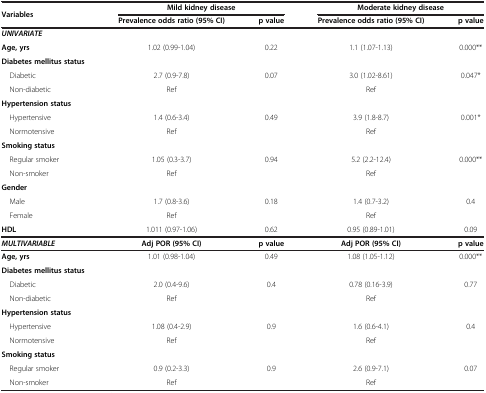
<table><thead><tr><td><b>Variables</b></td><td colspan="2"><b>Mild kidney disease</b></td><td colspan="2"><b>Moderate kidney disease</b></td></tr><tr><td><b> </b></td><td><b>Prevalence odds ratio (95% CI)</b></td><td><b>p value</b></td><td><b>Prevalence odds ratio (95% CI)</b></td><td><b>p value</b></td></tr></thead><tbody><tr><td><b><i>UNIVARIATE</i></b></td><td> </td><td> </td><td> </td><td> </td></tr><tr><td><b>Age, yrs</b></td><td>1.02 (0.99-1.04)</td><td>0.22</td><td>1.1 (1.07-1.13)</td><td>0.000**</td></tr><tr><td><b>Diabetes mellitus status</b></td><td> </td><td> </td><td> </td><td> </td></tr><tr><td> Diabetic</td><td>2.7 (0.9-7.8)</td><td>0.07</td><td>3.0 (1.02-8.61)</td><td>0.047*</td></tr><tr><td> Non-diabetic</td><td>Ref</td><td> </td><td>Ref</td><td> </td></tr><tr><td><b>Hypertension status</b></td><td> </td><td> </td><td> </td><td> </td></tr><tr><td> Hypertensive</td><td>1.4 (0.6-3.4)</td><td>0.49</td><td>3.9 (1.8-8.7)</td><td>0.001*</td></tr><tr><td> Normotensive</td><td>Ref</td><td> </td><td>Ref</td><td> </td></tr><tr><td><b>Smoking status</b></td><td> </td><td> </td><td> </td><td> </td></tr><tr><td> Regular smoker</td><td>1.05 (0.3-3.7)</td><td>0.94</td><td>5.2 (2.2-12.4)</td><td>0.000**</td></tr><tr><td> Non-smoker</td><td>Ref</td><td> </td><td>Ref</td><td> </td></tr><tr><td><b>Gender</b></td><td> </td><td> </td><td> </td><td> </td></tr><tr><td> Male</td><td>1.7 (0.8-3.6)</td><td>0.18</td><td>1.4 (0.7-3.2)</td><td>0.4</td></tr><tr><td> Female</td><td>Ref</td><td> </td><td>Ref</td><td> </td></tr><tr><td><b>HDL</b></td><td>1.011 (0.97-1.06)</td><td>0.62</td><td>0.95 (0.89-1.01)</td><td>0.09</td></tr><tr><td><b><i>MULTIVARIABLE</i></b></td><td><b>Adj POR (95% CI)</b></td><td><b>p value</b></td><td><b>Adj POR (95% CI)</b></td><td><b>p value</b></td></tr><tr><td><b>Age, yrs</b></td><td>1.01 (0.98-1.04)</td><td>0.49</td><td>1.08 (1.05-1.12)</td><td>0.000**</td></tr><tr><td><b>Diabetes mellitus status</b></td><td> </td><td> </td><td> </td><td> </td></tr><tr><td> Diabetic</td><td>2.0 (0.4-9.6)</td><td>0.4</td><td>0.78 (0.16-3.9)</td><td>0.77</td></tr><tr><td> Non-diabetic</td><td>Ref</td><td> </td><td>Ref</td><td> </td></tr><tr><td><b>Hypertension status</b></td><td> </td><td> </td><td> </td><td> </td></tr><tr><td> Hypertensive</td><td>1.08 (0.4-2.9)</td><td>0.9</td><td>1.6 (0.6-4.1)</td><td>0.4</td></tr><tr><td> Normotensive</td><td>Ref</td><td> </td><td>Ref</td><td> </td></tr><tr><td><b>Smoking status</b></td><td> </td><td> </td><td> </td><td> </td></tr><tr><td> Regular smoker</td><td>0.9 (0.2-3.3)</td><td>0.9</td><td>2.6 (0.9-7.1)</td><td>0.07</td></tr><tr><td> Non-smoker</td><td>Ref</td><td> </td><td>Ref</td><td> </td></tr></tbody></table>